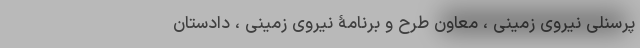
پرسنلی‌ نیروی‌ زمینی‌ ، معاون‌ طرح‌ و برنامۀ‌ نیروی‌ زمینی‌ ، دادستان‌